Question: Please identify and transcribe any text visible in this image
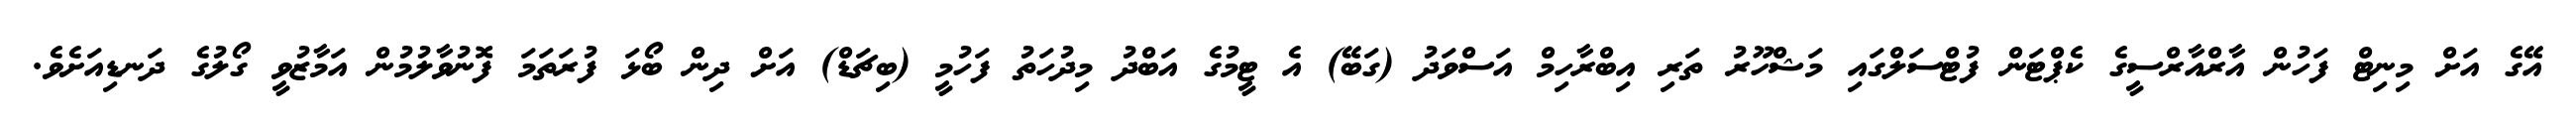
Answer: އޭގެ އަށް މިނިޓް ފަހުން އާރްއާރްސީގެ ކެޕްޓަން ފުޓްސަލްގައި މަޝްހޫރު ތަރި އިބްރާހިމް އަސްވަދު (ގަބޭ) އެ ޓީމުގެ އަބްދު މިދުހަތު ފަހުމީ (ބިޗަޑް) އަށް ދިން ބޯޅަ ފުރަތަމަ ފޮނުވާލުމުން އަމާޒުވީ ގޯލުގެ ދަނޑިއަށެވެ.